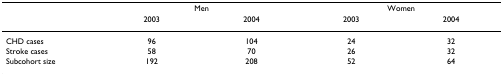
|  | <COLSPAN=2> Men | <COLSPAN=2> Women |
 |  | 2003 | 2004 | 2003 | 2004 |
 | --- | --- | --- | --- | --- |
 | CHD cases | 96 | 104 | 24 | 32 |
 | Stroke cases | 58 | 70 | 26 | 32 |
 | Subcohort size | 192 | 208 | 52 | 64 |